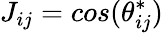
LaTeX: J_{ij}=cos(\theta_{ij}^{*})